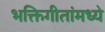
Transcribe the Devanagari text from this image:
भक्तिगीतांमध्ये